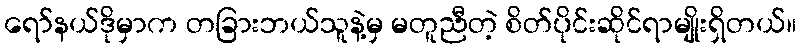
ရော်နယ်ဒိုမှာက တခြားဘယ်သူနဲ့မှ မတူညီတဲ့ စိတ်ပိုင်းဆိုင်ရာမျိုးရှိတယ်။